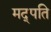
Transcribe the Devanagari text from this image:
मद्पति